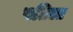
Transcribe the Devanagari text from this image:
पतिला